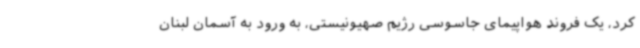
کرد، یک فروند هواپیمای جاسوسی رژیم صهیونیستی، به ورود به آسمان لبنان